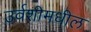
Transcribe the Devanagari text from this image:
उर्वशीमधील